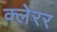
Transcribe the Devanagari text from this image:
क्लेरर